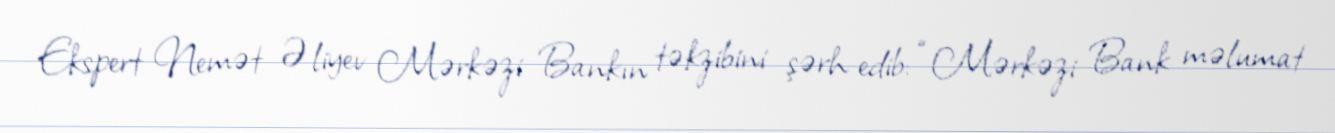
Ekspert Nemət Əliyev Mərkəzi Bankın təkzibini şərh edib: “Mərkəzi Bank məlumat